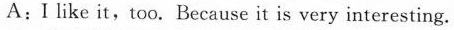
A:I like it,too. Because it is very interesting.